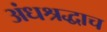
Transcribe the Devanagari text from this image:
अंधश्रद्धाच